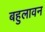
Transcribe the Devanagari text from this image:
बहुलावन